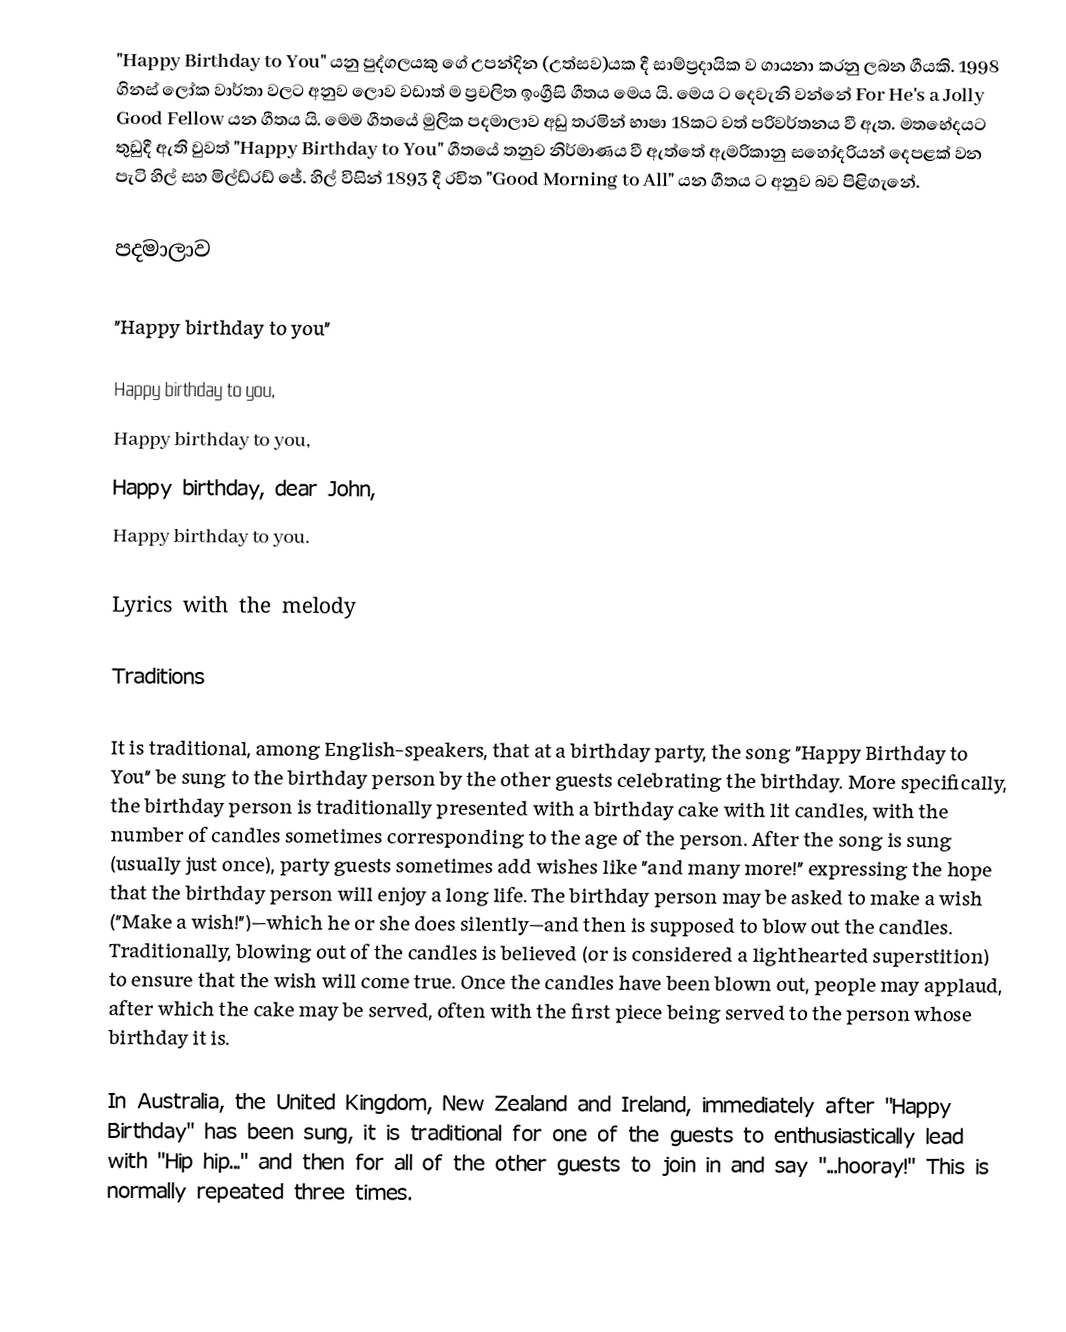
"Happy Birthday to You" යනු පුද්ගලයකු ගේ උපන්දින (උත්සව)යක දී සාම්ප්‍රදායික ව ගායනා කරනු ලබන ගීයකි. 1998 ගිනස් ලෝක වාර්තා වලට අනුව ලොව වඩාත් ම ප්‍රචලිත ඉංග්‍රීසි ගීතය මෙය යි. මෙය ට දෙවැනි වන්නේ For He's a Jolly Good Fellow යන ගීතය යි. මෙම ගීතයේ මුලික පදමාලාව අඩු තරමින් භාෂා 18කට වත් පරිවර්තනය වී ඇත. මතභේදයට තුඩුදී ඇති වුවත් "Happy Birthday to You" ගීතයේ තනුව නිර්මාණය වී ඇත්තේ ඇමරිකානු සහෝදරියන් දෙපළක් වන පැටි හිල් සහ මිල්ඩ්රඩ් ජේ. හිල් විසින් 1893 දී රචිත "Good Morning to All" යන ගීතය ට අනුව බව පිළිගැනේ.

පදමාලාව

"Happy birthday to you"

Happy birthday to you,
Happy birthday to you,
Happy birthday, dear John,
Happy birthday to you.

Lyrics with the melody

Traditions

It is traditional, among English-speakers, that at a birthday party, the song "Happy Birthday to You" be sung to the birthday person by the other guests celebrating the birthday. More specifically, the birthday person is traditionally presented with a birthday cake with lit candles, with the number of candles sometimes corresponding to the age of the person. After the song is sung (usually just once), party guests sometimes add wishes like "and many more!" expressing the hope that the birthday person will enjoy a long life. The birthday person may be asked to make a wish ("Make a wish!")—which he or she does silently—and then is supposed to blow out the candles. Traditionally, blowing out of the candles is believed (or is considered a lighthearted superstition) to ensure that the wish will come true. Once the candles have been blown out, people may applaud, after which the cake may be served, often with the first piece being served to the person whose birthday it is.

In Australia, the United Kingdom, New Zealand and Ireland, immediately after "Happy Birthday" has been sung, it is traditional for one of the guests to enthusiastically lead with "Hip hip..." and then for all of the other guests to join in and say "...hooray!" This is normally repeated three times.